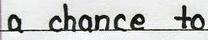
a chance to